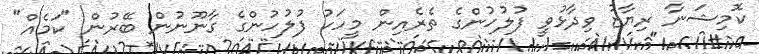
ކޮމިޝަނާ ރިޔާޒު ވިދާޅުވީ ފުލުހުންގެ ތެރެއިން މީހަކު ފުލުހުންގެ ގާނޫނުން ބޭރުން "ކަމެއް"